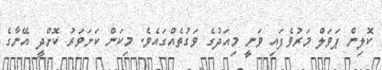
ކޮލިން ޕަވަލް މަރުވެފައި ވަނީ މިއަދުގެ ވަގުތެއްގައެވެ. މިކަން ކަށަވަރު ކޮށްދީ އޭނާގެ